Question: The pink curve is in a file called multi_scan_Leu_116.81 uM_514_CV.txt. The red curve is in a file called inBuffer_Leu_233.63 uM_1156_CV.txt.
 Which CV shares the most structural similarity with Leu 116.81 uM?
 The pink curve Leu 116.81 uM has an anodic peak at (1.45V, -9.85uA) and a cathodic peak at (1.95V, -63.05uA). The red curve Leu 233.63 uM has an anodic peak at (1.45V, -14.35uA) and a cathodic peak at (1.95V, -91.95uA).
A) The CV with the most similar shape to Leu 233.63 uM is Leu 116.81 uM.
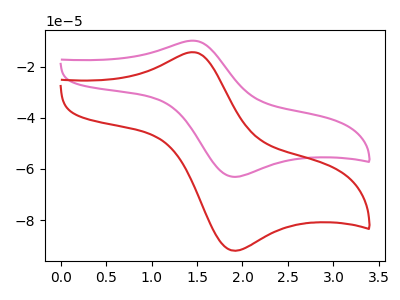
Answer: <think>All the peaks in "Leu 116.81 uM" have a peak in "Leu 233.63 uM" at the same potential.
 </think>
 <answer>A) The CV with the most similar shape to "Leu 233.63 uM" is "Leu 116.81 uM".</answer>
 <eval>A</eval>